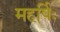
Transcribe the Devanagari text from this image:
महर्षिः